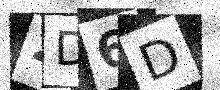
Text: 2D6D